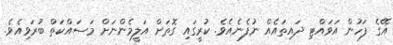
އޭގެ ފަހުން އަވައްޓި ދައިތައެއް ނުފެނެއެވެ. ކުރީގައި ގޮތަށް އަލީމެންނަށް މަސައްކަތް ބުރަވިއެވެ.